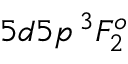
5 d 5 p \, ^ { 3 } F _ { 2 } ^ { o }